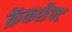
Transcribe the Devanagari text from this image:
क्रेंकशैफ्ट